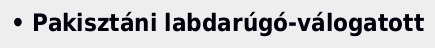
• Pakisztáni labdarúgó-válogatott